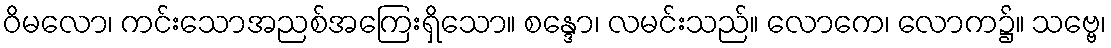
ဝိမလော၊ ကင်းသောအညစ်အကြေးရှိသော။ စန္ဒော၊ လမင်းသည်။ လောကေ၊ လောက၌။ သဗ္ဗေ၊